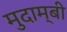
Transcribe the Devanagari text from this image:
मुदाम्बी